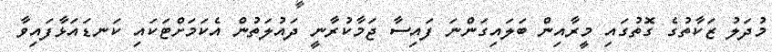
މުދަލު ޒަކާތުގެ ގޮތުގައި މީރާއިން ބަލައިގަންނަ ފައިސާ ޖަމާކުރާނީ ދައުލަތުން އެކަމަށްޓަކައި ކަނޑައަޅާފައިވާ